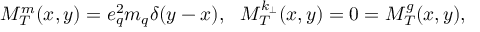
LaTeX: M _ { T } ^ { m } ( x , y ) = e _ { q } ^ { 2 } m _ { q } \delta ( y - x ) , ~ ~ M _ { T } ^ { k _ { \bot } } ( x , y ) = 0 = M _ { T } ^ { g } ( x , y ) ,